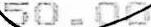
50.00